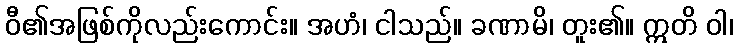
ဝီ၏အဖြစ်ကိုလည်းကောင်း။ အဟံ၊ ငါသည်။ ခဏာမိ၊ တူး၏။ ဣတိ ဝါ၊